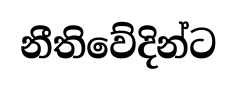
නීතිවේදින්ට